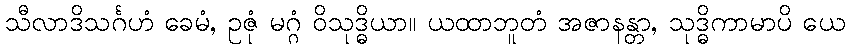
သီလာဒိသင်္ဂဟံ ခေမံ, ဥဇုံ မဂ္ဂံ ဝိသုဒ္ဓိယာ။ ယထာဘူတံ အဇာနန္တာ, သုဒ္ဓိကာမာပိ ယေ